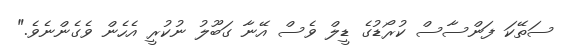
ސަތޭކަ ފަންސާސް ކުރޯޑުގެ ޑީލް ވެސް އޭނާ ގަބޫލު ނުކުރީ އެހެން ވެގެންނެވެ."